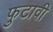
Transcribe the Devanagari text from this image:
फुटावी